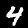
Digit: 4